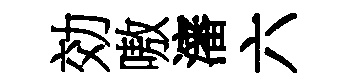
効嗷瀋六